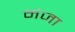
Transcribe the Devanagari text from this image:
मंजा